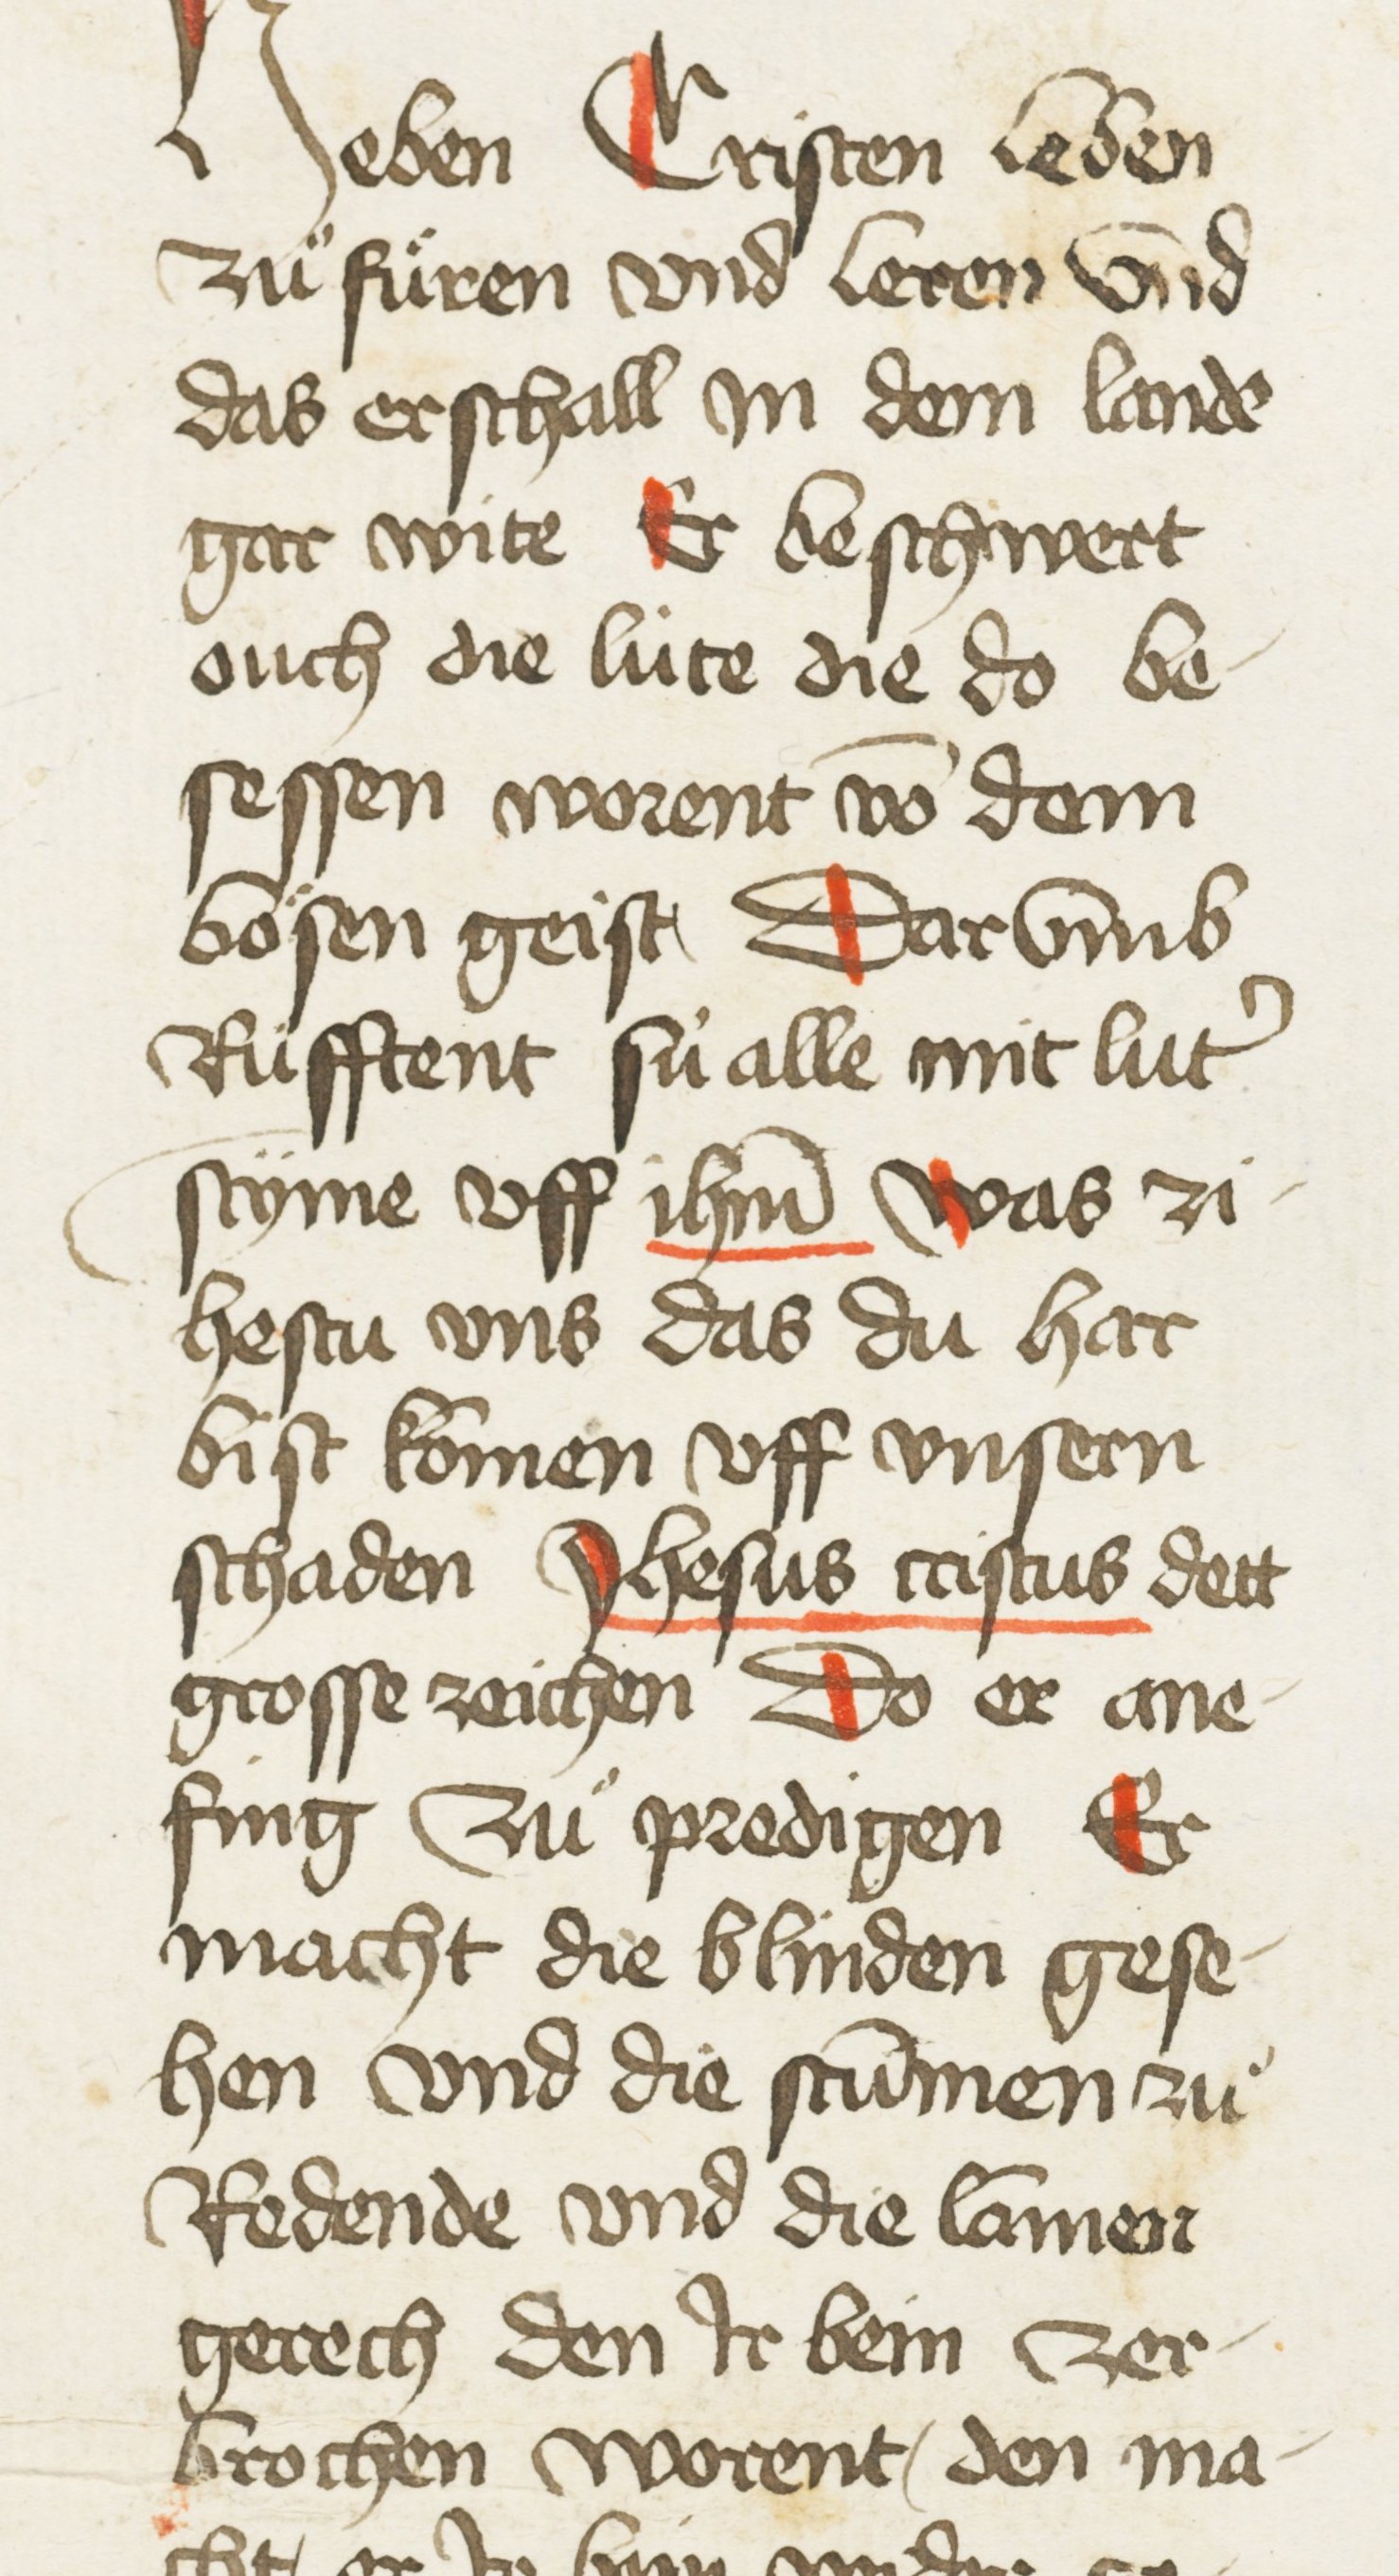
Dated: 1435–1465